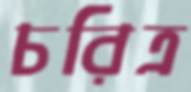
চরিত্র